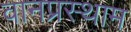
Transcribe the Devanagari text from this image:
वानप्रस्थाम